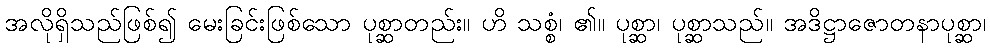
အလိုရှိသည်ဖြစ်၍ မေးခြင်းဖြစ်သော ပုစ္ဆာတည်း။ ဟိ သစ္စံ၊ ၏။ ပုစ္ဆာ၊ ပုစ္ဆာသည်။ အဒိဋ္ဌာဇောတနာပုစ္ဆာ၊